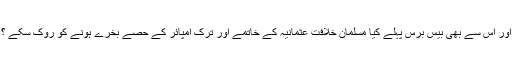
اور اس سے بھی بیس برس پہلے کیا مسلمان خلافت عثمانیہ کے خاتمے اور ترک امپائر کے حصے بخرے ہونے کو روک سکے ؟